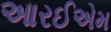
આરઈએમ